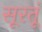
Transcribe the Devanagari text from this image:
सूरतूं